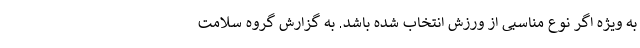
به ویژه اگر نوع مناسبی از ورزش انتخاب شده باشد. به گزارش گروه سلامت